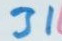
31